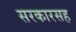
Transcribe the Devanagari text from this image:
सरकारसह